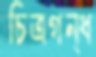
চিত্রগন্ধ